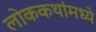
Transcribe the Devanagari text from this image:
लोककथांमध्ये